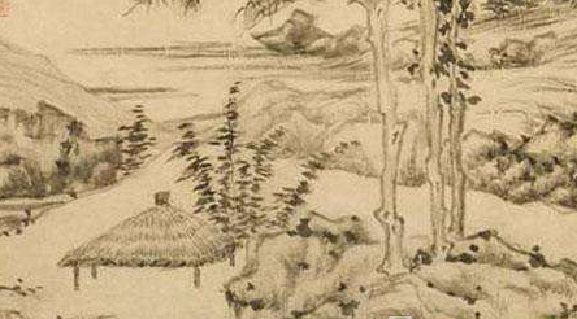
残灯明灭枕头欹，谙尽孤眠滋味。